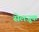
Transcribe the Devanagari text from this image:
सेलजूक